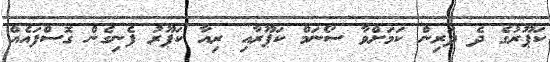
ކަޕޫރުގެ ދެ ދަރިން ކަމަށްވާ ސޯނަމް ކަޕޫރާއި ރިއާ ކަޕޫރު ފެނިގެން ގޮސްފައެއް